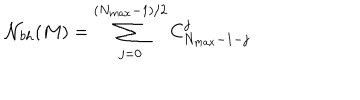
{ \cal N } _ { b h } ( M ) = \sum _ { j = 0 } ^ { ( N _ { m a x } - 1 ) / 2 } C _ { N _ { m a x } - 1 - j } ^ { j }